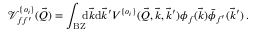
\mathcal V _ { f f ^ { \prime } } ^ { \{ o _ { i } \} } ( \vec { Q } ) = \int _ { \mathrm { B Z } } \! \! \! \mathrm { d } \vec { k } \mathrm { d } \vec { k } ^ { \prime } V ^ { \{ o _ { i } \} } ( \vec { Q } , \vec { k } , \vec { k } ^ { \prime } ) \phi _ { f } ( \vec { k } ) \bar { \phi } _ { f ^ { \prime } } ( \vec { k } ^ { \prime } ) \, \mathrm { . }